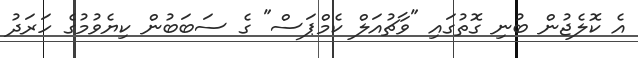
އެ ކޮލެޖުން ބުނި ގޮތުގައި "ވާޗުއަލް ކެމްޕަސް" ގެ ސަބަބުން ކިޔެވުމުގެ ހަރަދު